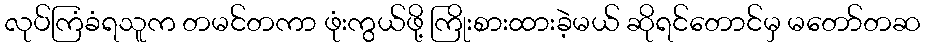
လုပ်ကြံခံရသူက တမင်တကာ ဖုံးကွယ်ဖို့ ကြိုးစားထားခဲ့မယ် ဆိုရင်တောင်မှ မတော်တဆ